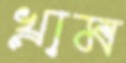
খ্রাম